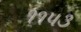
૧૧૫૩